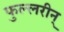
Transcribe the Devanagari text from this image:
फुल्लरीन्